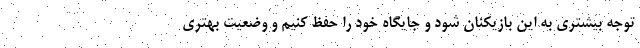
توجه بیشتری به این بازیکنان شود و جایگاه خود را حفظ کنیم و وضعیت بهتری